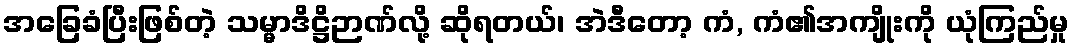
အခြေခံပြီးဖြစ်တဲ့ သမ္မာဒိဋ္ဌိဉာဏ်လို့ ဆိုရတယ်၊ အဲဒီတော့ ကံ, ကံ၏အကျိုးကို ယုံကြည်မှု